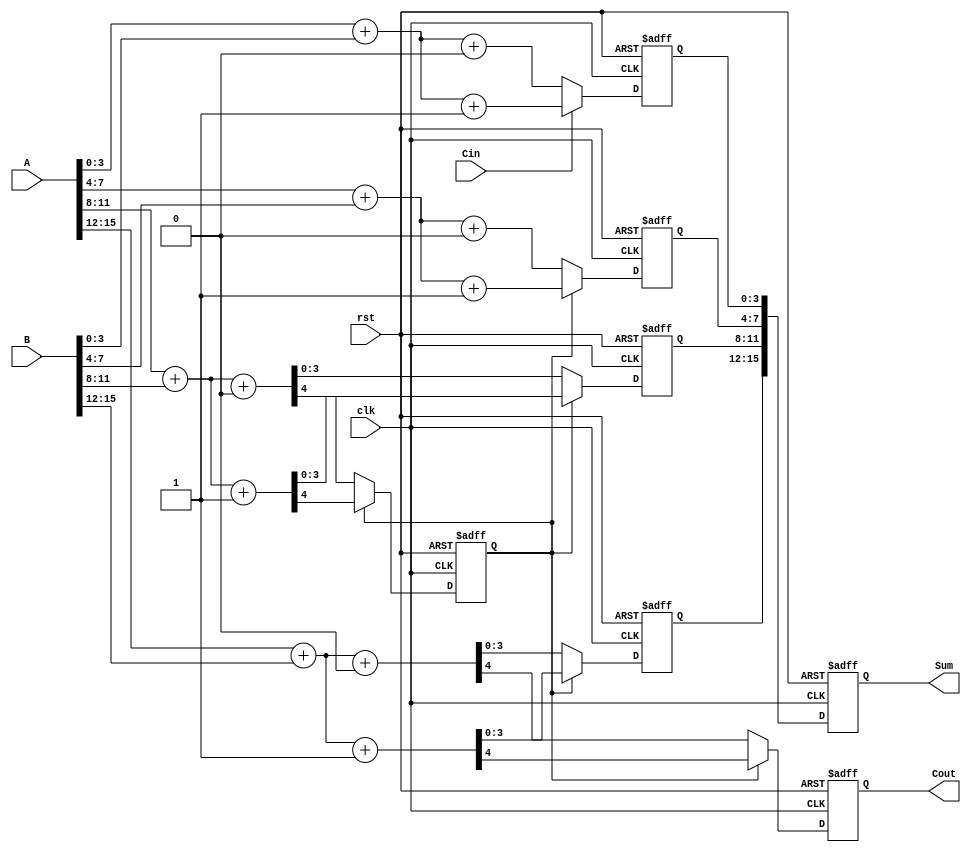
module PipelinedCarrySelectAdder(
    input         clk,
    input         rst,
    input  [15:0] A,      // Input A (16-bit)
    input  [15:0] B,      // Input B (16-bit)
    input         Cin,     // Carry-in
    output reg [15:0] Sum, // Output Sum (16-bit)
    output reg       Cout   // Output Carry-out
);
    // Parameters
    localparam STAGE_WIDTH = 4; // Number of bits per stage
    localparam NUM_STAGES = 4;   // Total number of stages (16 bits / 4 bits per stage)

    // Stage registers
    reg [STAGE_WIDTH-1:0] sum0 [0:NUM_STAGES-1]; // Sums when Cin = 0
    reg [STAGE_WIDTH-1:0] sum1 [0:NUM_STAGES-1]; // Sums when Cin = 1
    reg       carry0 [0:NUM_STAGES-1]; // Carry-out when Cin = 0
    reg       carry1 [0:NUM_STAGES-1]; // Carry-out when Cin = 1

    // Pipeline registers
    reg [STAGE_WIDTH-1:0] pipeline_sum [0:NUM_STAGES-1]; // Pipelined sum output
    reg       pipeline_carry; // Pipelined carry output

    integer i;
    
    // Carry Select Logic
    always @(*) begin
        for (i = 0; i < NUM_STAGES; i = i + 1) begin
            // Compute sums and generates carry for current stage
            {carry0[i], sum0[i]} = A[i*STAGE_WIDTH +: STAGE_WIDTH] + B[i*STAGE_WIDTH +: STAGE_WIDTH] + 1'b0; // Cin = 0
            {carry1[i], sum1[i]} = A[i*STAGE_WIDTH +: STAGE_WIDTH] + B[i*STAGE_WIDTH +: STAGE_WIDTH] + 1'b1; // Cin = 1
        end
    end

    // Pipelining logic
    always @(posedge clk or posedge rst) begin
        if (rst) begin
            // Reset outputs
            Sum <= 16'b0;
            Cout <= 1'b0;
            for (i = 0; i < NUM_STAGES; i = i + 1) begin
                pipeline_sum[i] <= 4'b0;
            end
            pipeline_carry <= 1'b0;
        end else begin
            // Stage 0 calculations
            pipeline_sum[0] <= (Cin) ? sum1[0] : sum0[0];
            pipeline_carry <= (Cin) ? carry1[0] : carry0[0];

            // Stage 1 calculations
            pipeline_sum[1] <= (pipeline_carry) ? sum1[1] : sum0[1];
            pipeline_carry <= (pipeline_carry) ? carry1[1] : carry0[1];

            // Stage 2 calculations
            pipeline_sum[2] <= (pipeline_carry) ? sum1[2] : sum0[2];
            pipeline_carry <= (pipeline_carry) ? carry1[2] : carry0[2];

            // Stage 3 calculations
            pipeline_sum[3] <= (pipeline_carry) ? sum1[3] : sum0[3];
            Cout <= (pipeline_carry) ? carry1[3] : carry0[3];

            // Final output
            Sum <= {pipeline_sum[3], pipeline_sum[2], pipeline_sum[1], pipeline_sum[0]};
        end
    end
endmodule